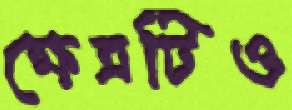
ক্ষেত্রটিও